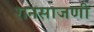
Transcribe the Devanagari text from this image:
रानसाजणी